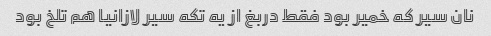
نان سیر که خمیر بود فقط دربغ از یه تکه سیر لازانیا هم تلخ بود